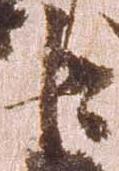
臣